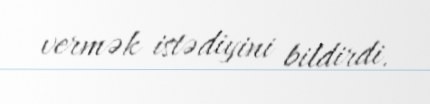
vermək istədiyini bildirdi.